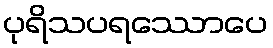
ပုရိသပရဿောပေ